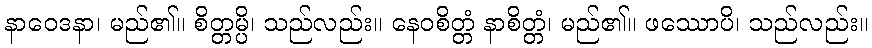
နာဝေဒနာ၊ မည်၏။ စိတ္တမ္ပိ၊ သည်လည်း။ နေဝစိတ္တံ နာစိတ္တံ၊ မည်၏။ ဖဿောပိ၊ သည်လည်း။